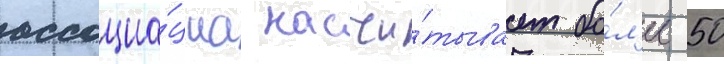
ассоциа́циа насчи́тывает бо́л'ее 50